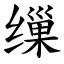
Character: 缫